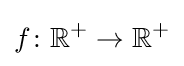
f\colon \mathbb {R} ^{+}\to \mathbb {R} ^{+}